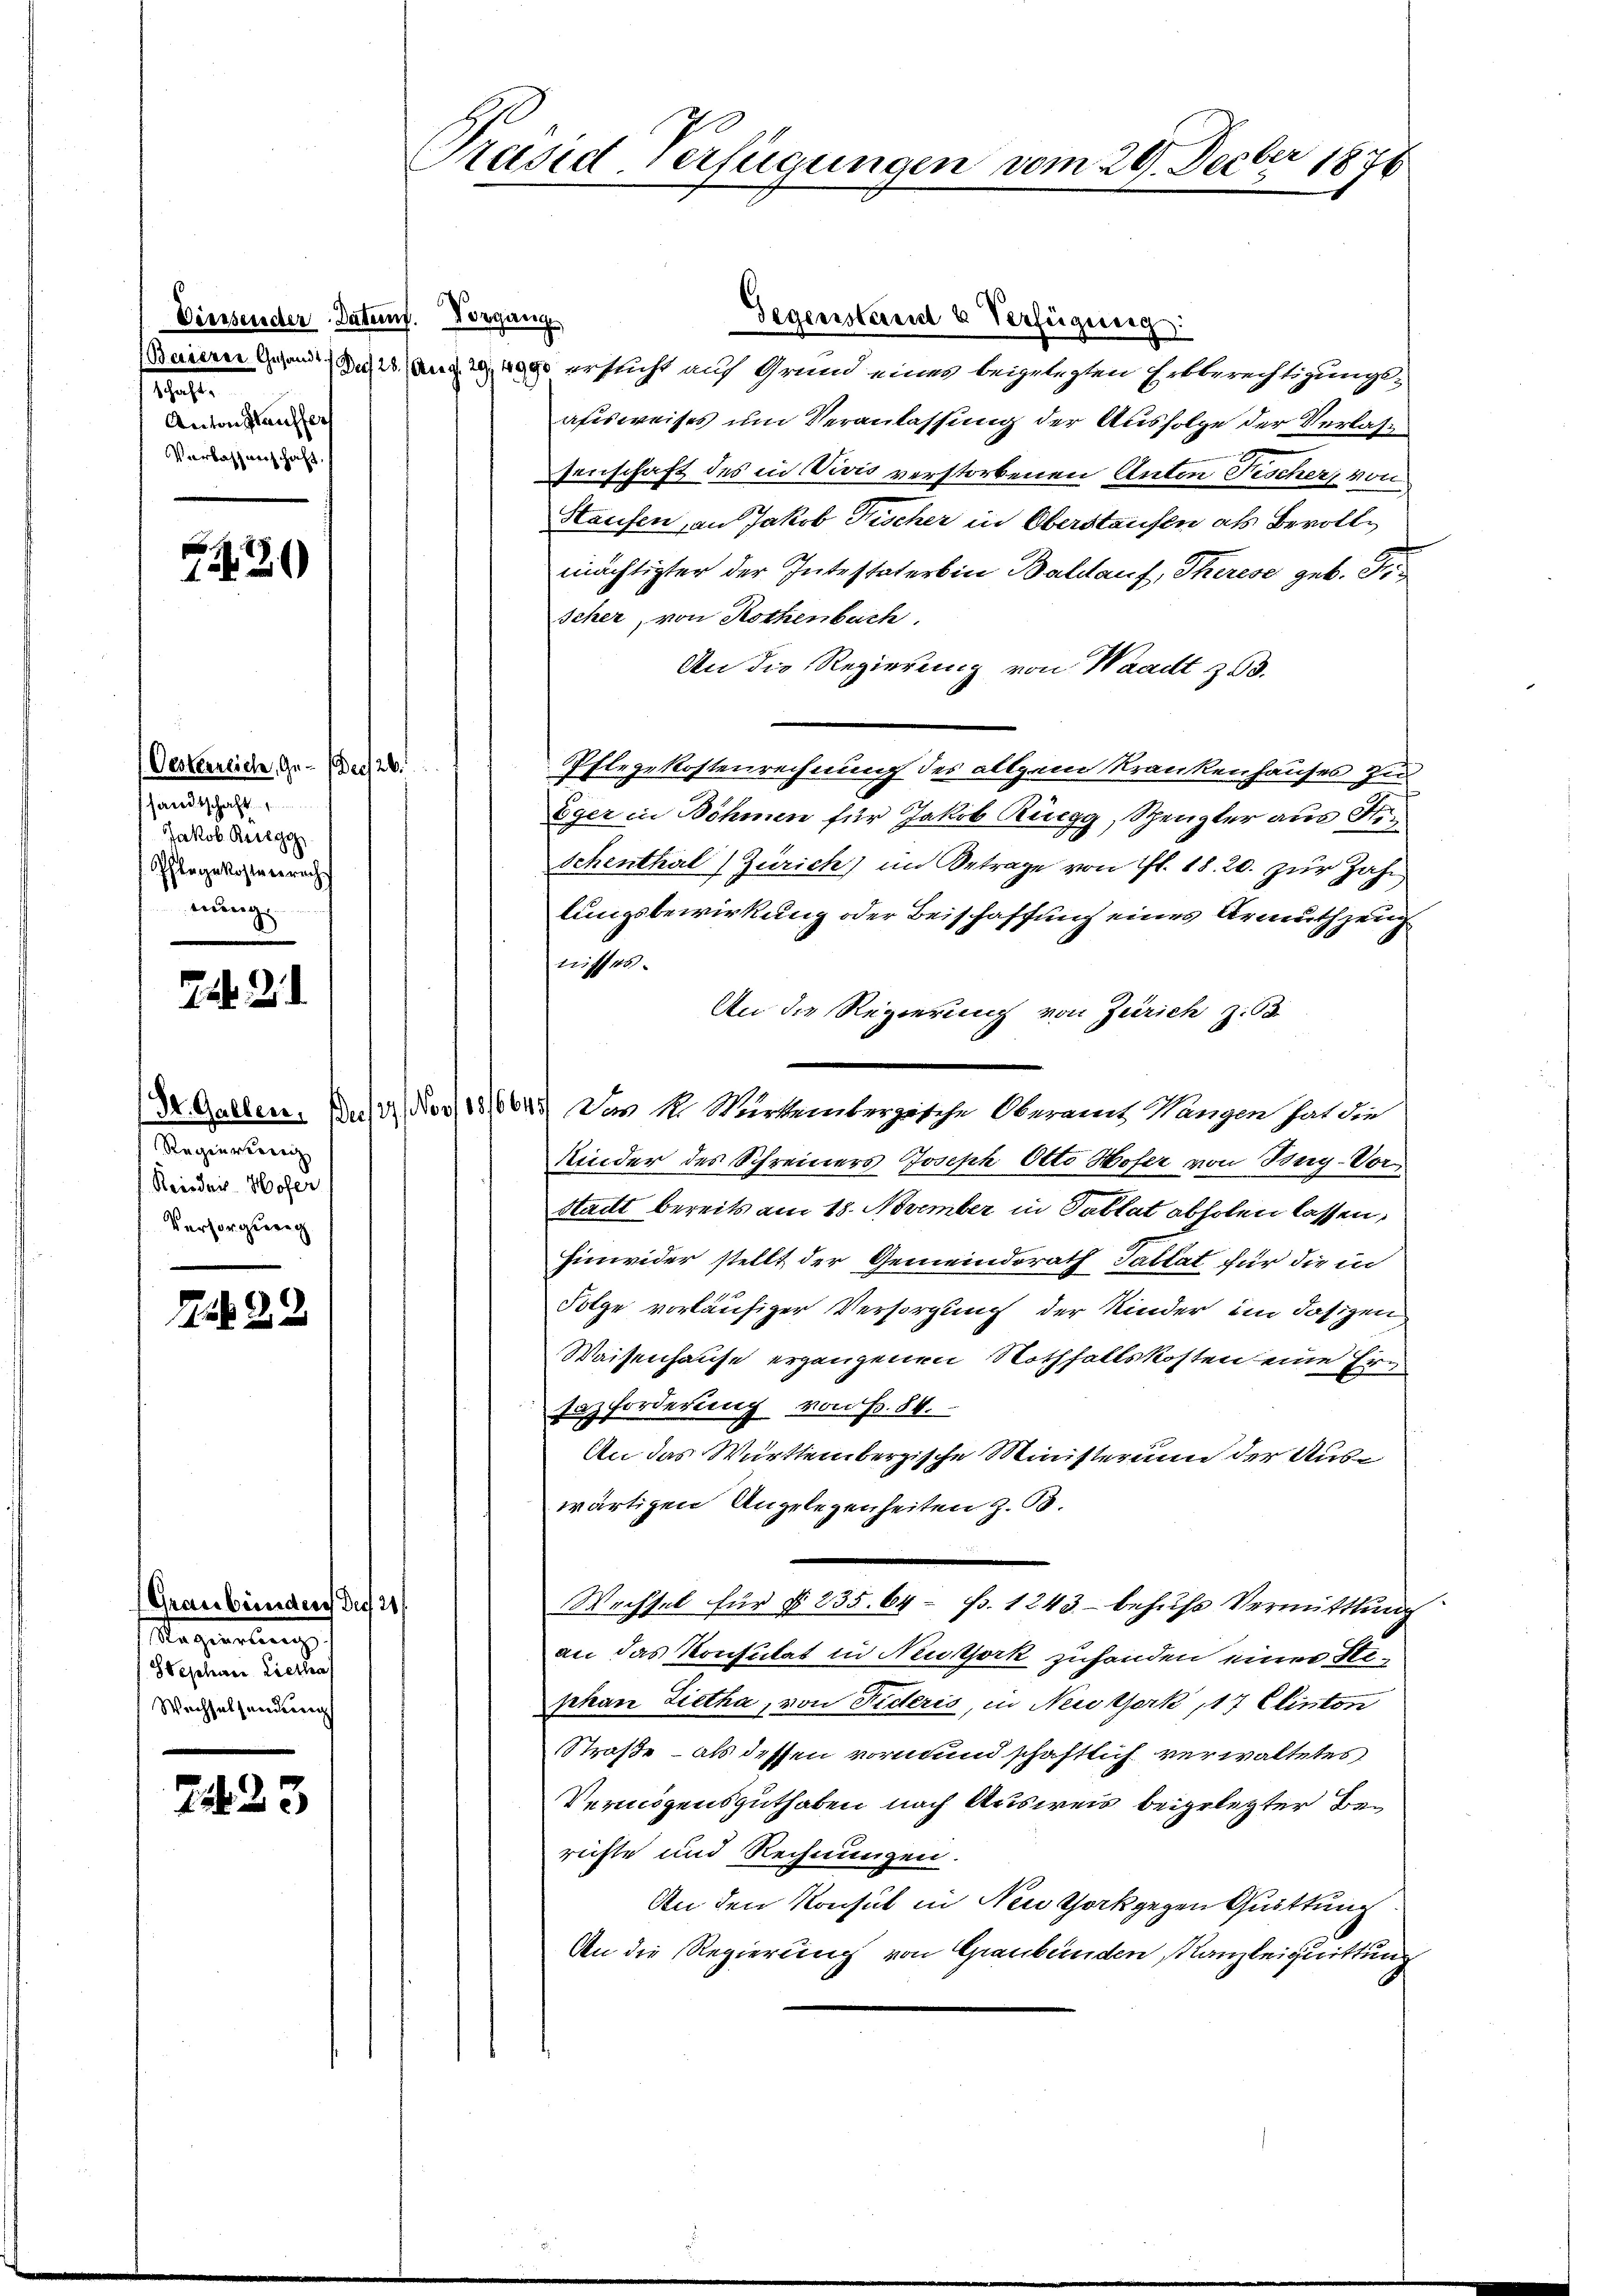
Diessender Datenf. Vorgang
21.
Anton glauffer
Vorbasz nach haft.

Z 30

Oesternlich, Ge- Den 26.
sandtschaft
Jakob Reiegg
Pflegekostenrecht
nung

25. 21

Regierung
Reidnis. Hofer
Versorgung

122

(Graubünden der 21.
Regierungs
Stephan Liestraf
Wechselsendung

733

Präsid-Verfügungen vom 29. Decbr 1878

Seilen des Antrag ersucht auf Grund eines beigelegten Erbberechtigungsafisweises um Veranlassung der Ausfolge der Verlassenschaft des in Vivis verstorbenen Anton Tischer, von
Staufen, an Jakob Fischer in Oberstaufen als Bevollmächtigter der Intestaterbin Baldauf, Therese geb. Fischer, von Rothenbach.
An die Regierung von Waadt 353.
Pflegekostenrechnung des allgem Krankenhauses zu
Eger in Böhmen für Jakob Rüegg, Spengler aus Fr.
Schenthal) Zürich) im Betrage von fl. 18. 20. zŭr Zahn
lungsbewirkung oder Beischaffung eines Armuthzeug
nichten.
An die Regierung von Zürich z. 63
Dr. Gallen. (Du (4. Nov 1876645) Von M. Wartembergische Oberamt Wangen hat die
Kinder des Schreiners Joseph Otto Hofer von Bey-Vor¬
Stadt bereits am 18. November in Tablat abholen lassen,
Einwider stellt der Gemeinderath Tallat für die in
Folge vorläufiger Versorgung der Kinder im dasigen
Waisenhause ergangenen Nothfalls kosten eine Ersazforderung von Fr. 84.
An das Württembergische Ministerium der Auswärtigen Angelegenheiten z. B.
Wechsel für § 235. 64 f. 1243 behufs Vermittlung
an das Konsulat in Neutjork zuhanden einer Stephan Zietha, von Fideris, in New York 117 Clinton
Straße – als dessen vormundschaftlich verwaltetes
Vermögensguthaben nach Ausweis beigelegter Berichte und Rechnungen.
An den Konsul in Neuthork gegen Quittung
An die Regierung von Graubünden Kanzleiquittung

Gegenstand & Verfügung: